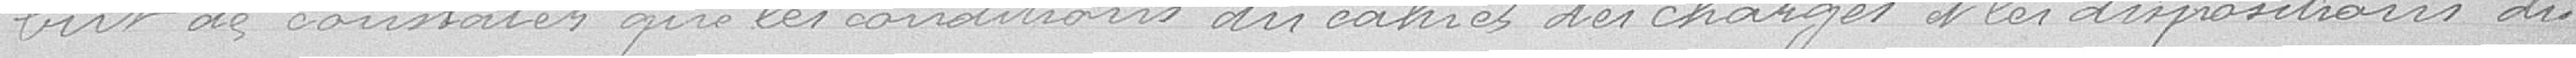
but de constater que les conditions du cahier des charges et les dispositions du